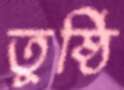
তুষ্ঠি